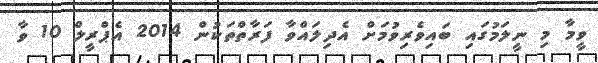
ވީމާ މި ނީލަމުގައި ބައިވެރިވުމަށް އެދިލައްވާ ފަރާތްތަކުން 2014 އެޕްރީލް 10 ވާ